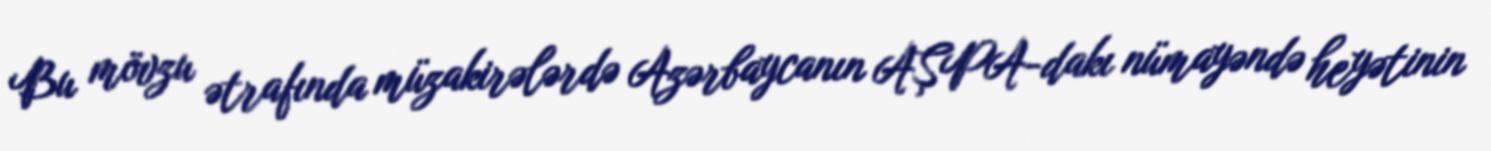
Bu mövzu ətrafında müzakirələrdə Azərbaycanın AŞPA-dakı nümayəndə heyətinin